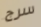
سرج